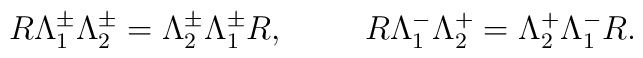
R\Lambda ^{\pm}_{1}\Lambda ^{\pm}_{2} = \Lambda^{\pm}_{2}\Lambda ^{\pm}_{1}R,\hskip 1cmR\Lambda ^{-}_{1}\Lambda ^{+}_{2}= \Lambda ^{+}_{2}\Lambda ^{-}_{1}R.